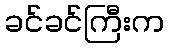
ခင်ခင်ကြီးက